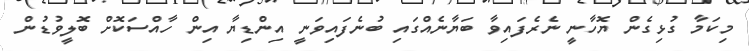
މިކަމާ ގުޅިގެން ޔޮހާނީ ނެރެފައިވާ ބަޔާނެއްގައި ބުނެފައިވަނީ އިންޑިޔާ އިން ހާއްސަކޮށް ބޮލީވުޑުން